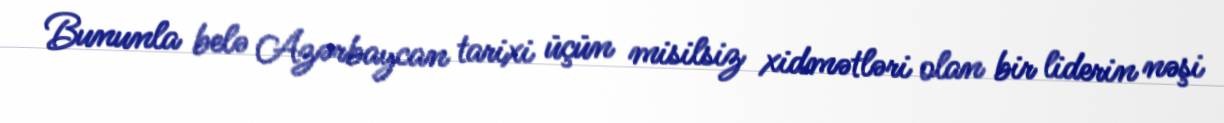
Bununla belə Azərbaycan tarixi üçün misilsiz xidmətləri olan bir liderin nəşi